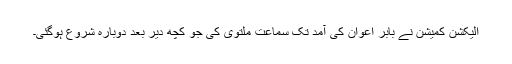
الیکشن کمیشن نے بابر اعوان کی آمد تک سماعت ملتوی کی جو کچھ دیر بعد دوبارہ شروع ہوگئی۔